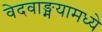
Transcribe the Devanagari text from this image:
वेदवाङ्मयामध्ये